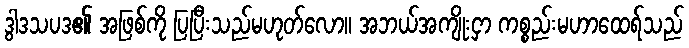
ဒွါဒသပဒ၏ အဖြစ်ကို ပြပြီးသည်မဟုတ်လော။ အဘယ်အကျိုးငှာ ကစ္စည်းမဟာထေရ်သည်